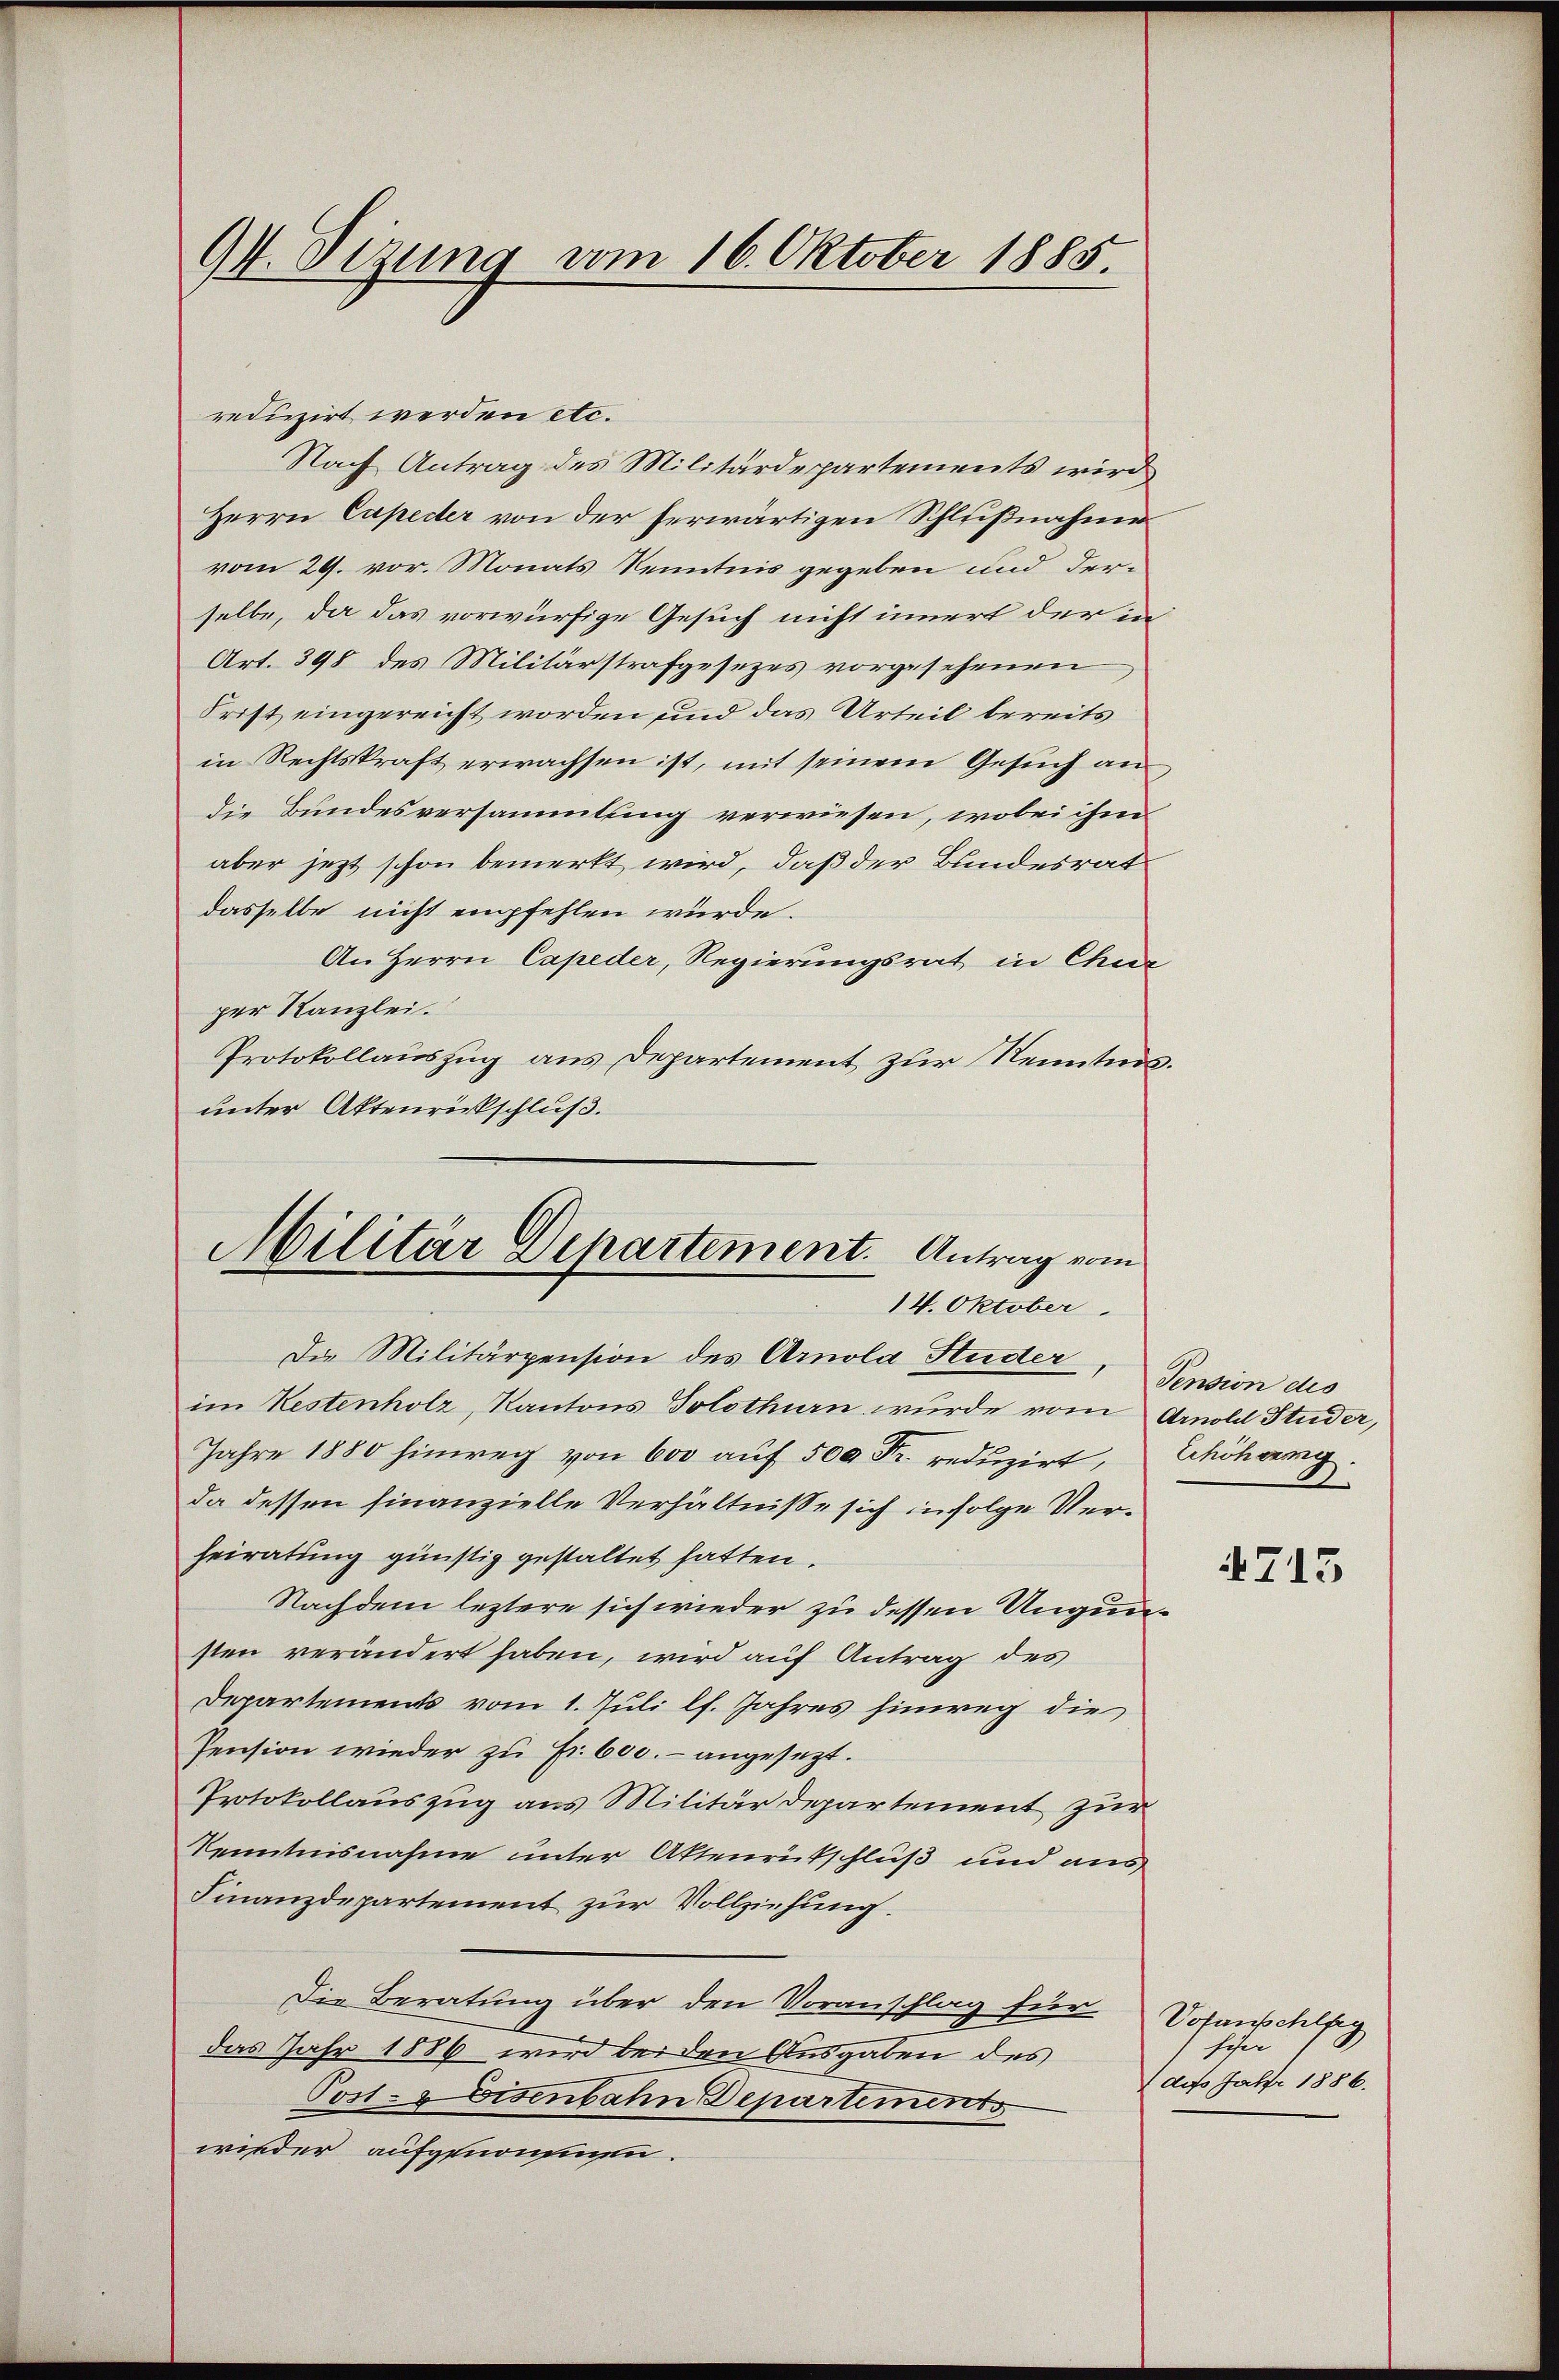
94. Sizung vom 16. Oktober 1885.

reduzirt werden etc.
Nach Antrag des Militärdepartements wird
Herrn Capeder von der herwärtigen Schlußnahme
vom 29. vor. Monats Kenntnis gegeben und derselbe, da das vorwürfige Gesuch nicht innert der in
Art. 398 des Militärstrafgesezes vorgesehenen
Frist eingereicht worden und das Urteil bereits
in Rechtskraft erwachsen ist, mit seinem Gesuch an
die Bundesversammlung verwiesen, wobei ihm
aber jezt schon bemerkt wird, daß der Bundesrat
dasselbe nicht empfehlen würde.
An Herrn Capeder, Regierungsrat in Chur
per Kanzlei.
Protokollauszug aus Departement zur Kenntnis.
unter Aktenrückschluß.
Die Militärpension des Arnola Huder,
im Restenholz, Kantons Solothurn wurde vom Arnold Studer,
Jahre 1880 hinweg von 600 auf 500 Fr. reduzirt, Erhöhung
da dessen hinanzielle Verhältnisse sich infolge Verheiratung günstig gestaltet hatten.
Nachdem leztere sich wieder zu dessen Ungunsten verändert haben, wird auf Antrag des
Departements vom 1. Juli lf. Jahres hinweg die
Pension wieder zu Fr. 600.– angesezt.
Protokollauszug aus Militär Departement zur
Kenntnisnahme unter Aktenrutschluß und aus
Finanzdepartement zur Vollziehung.
Die Beratung über den Voranschlag für
das Jahr 1886 wird bei den Ausgaben des
Post- & Eisenbahn Departements
wieder aufgenommen.

Militär Departement. Antrag vom
14. Oktober.

Pension des
2

4715

Vofanehlfig
schen
(des Jahr 1886.